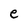
Character: e